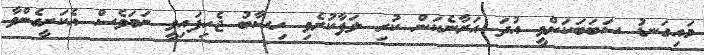
މައިގަނޑު ސަބަބަކަށްވީ އުދަ އަރާނެކަން ކުރި ލަފާކުރެވި ހިސާބު ޖެހިފައިވީ ނަމަވެސް އެކަށީގެންވާ